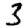
Digit: 3